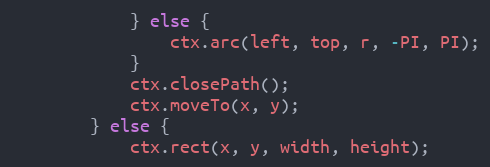
Language: JavaScript
			} else {
				ctx.arc(left, top, r, -PI, PI);
			}
			ctx.closePath();
			ctx.moveTo(x, y);
		} else {
			ctx.rect(x, y, width, height);